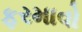
ફરમાવો